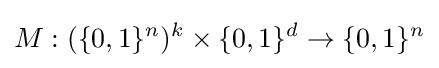
M:(\{0,1\}^{n})^{k}\times \{0,1\}^{d}\rightarrow \{0,1\}^{n}